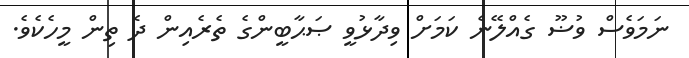
ނަމަވެސް ވުޟޫ ގެއްލޭނެ ކަމަށް ވިދާޅުވީ ޞަޙާބީންގެ ތެރެއިން ދެ ތިން މީހެކެވެ.